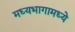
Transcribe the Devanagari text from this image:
मध्यभागामध्ये